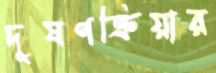
দূষণক্রিয়ার